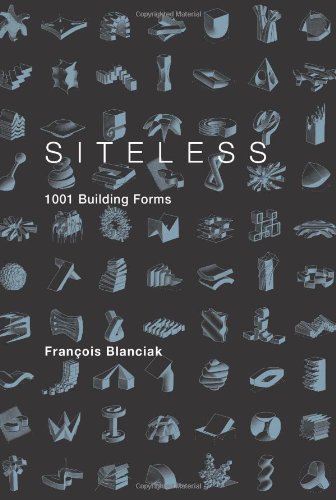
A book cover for Siteless: 1001 Building Forms; FranÃ§ois Blanciak; Arts & Photography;